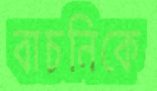
বাচনিকে